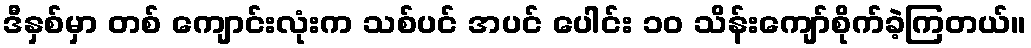
ဒီနှစ်မှာ တစ် ကျောင်းလုံးက သစ်ပင် အပင် ပေါင်း ၁၀ သိန်းကျော်စိုက်ခဲ့ကြတယ်။